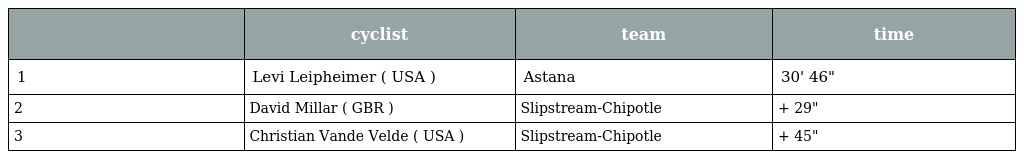
|  | cyclist | team | time |
 | --- | --- | --- | --- |
 | 1 | Levi Leipheimer ( USA ) | Astana | 30' 46" |
 | 2 | David Millar ( GBR ) | Slipstream-Chipotle | + 29" |
 | 3 | Christian Vande Velde ( USA ) | Slipstream-Chipotle | + 45" |